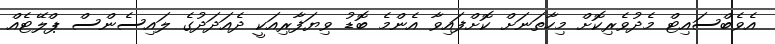
އެވެބްސައިޓް މެދުވެރިކޮށް މިހާތަނަށް ކޮށްފައިވާ އެންމެ ބޮޑު ވިޔަފާރިއަކީ ދެއަދަދުގެ ލައިސެންސް ޕްލޭޓެއް